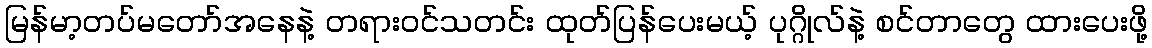
မြန်မာ့တပ်မတော်အနေနဲ့ တရားဝင်သတင်း ထုတ်ပြန်ပေးမယ့် ပုဂ္ဂိုလ်နဲ့ စင်တာတွေ ထားပေးဖို့